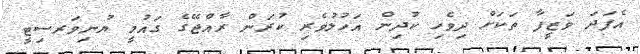
އެފަދަ ވަޒީފާ ތަކަށް ދިވެހި ކުދިން އަހުލުވެރި ކުރަން ރާއްޖޭގެ ގައުމީ ޔުނިވަރސިޓީ